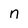
Character: n